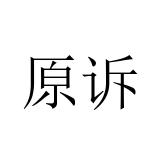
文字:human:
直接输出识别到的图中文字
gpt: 原诉